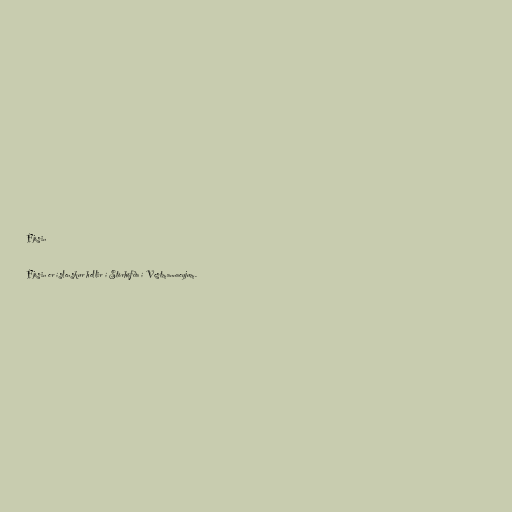
Fjósin

Fjósin er íslenskur hellir í Stórhöfða í Vestmannaeyjum.